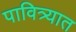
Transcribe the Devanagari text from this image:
पावित्र्यात